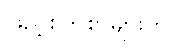
ဖြည့်စွက်စာများကို